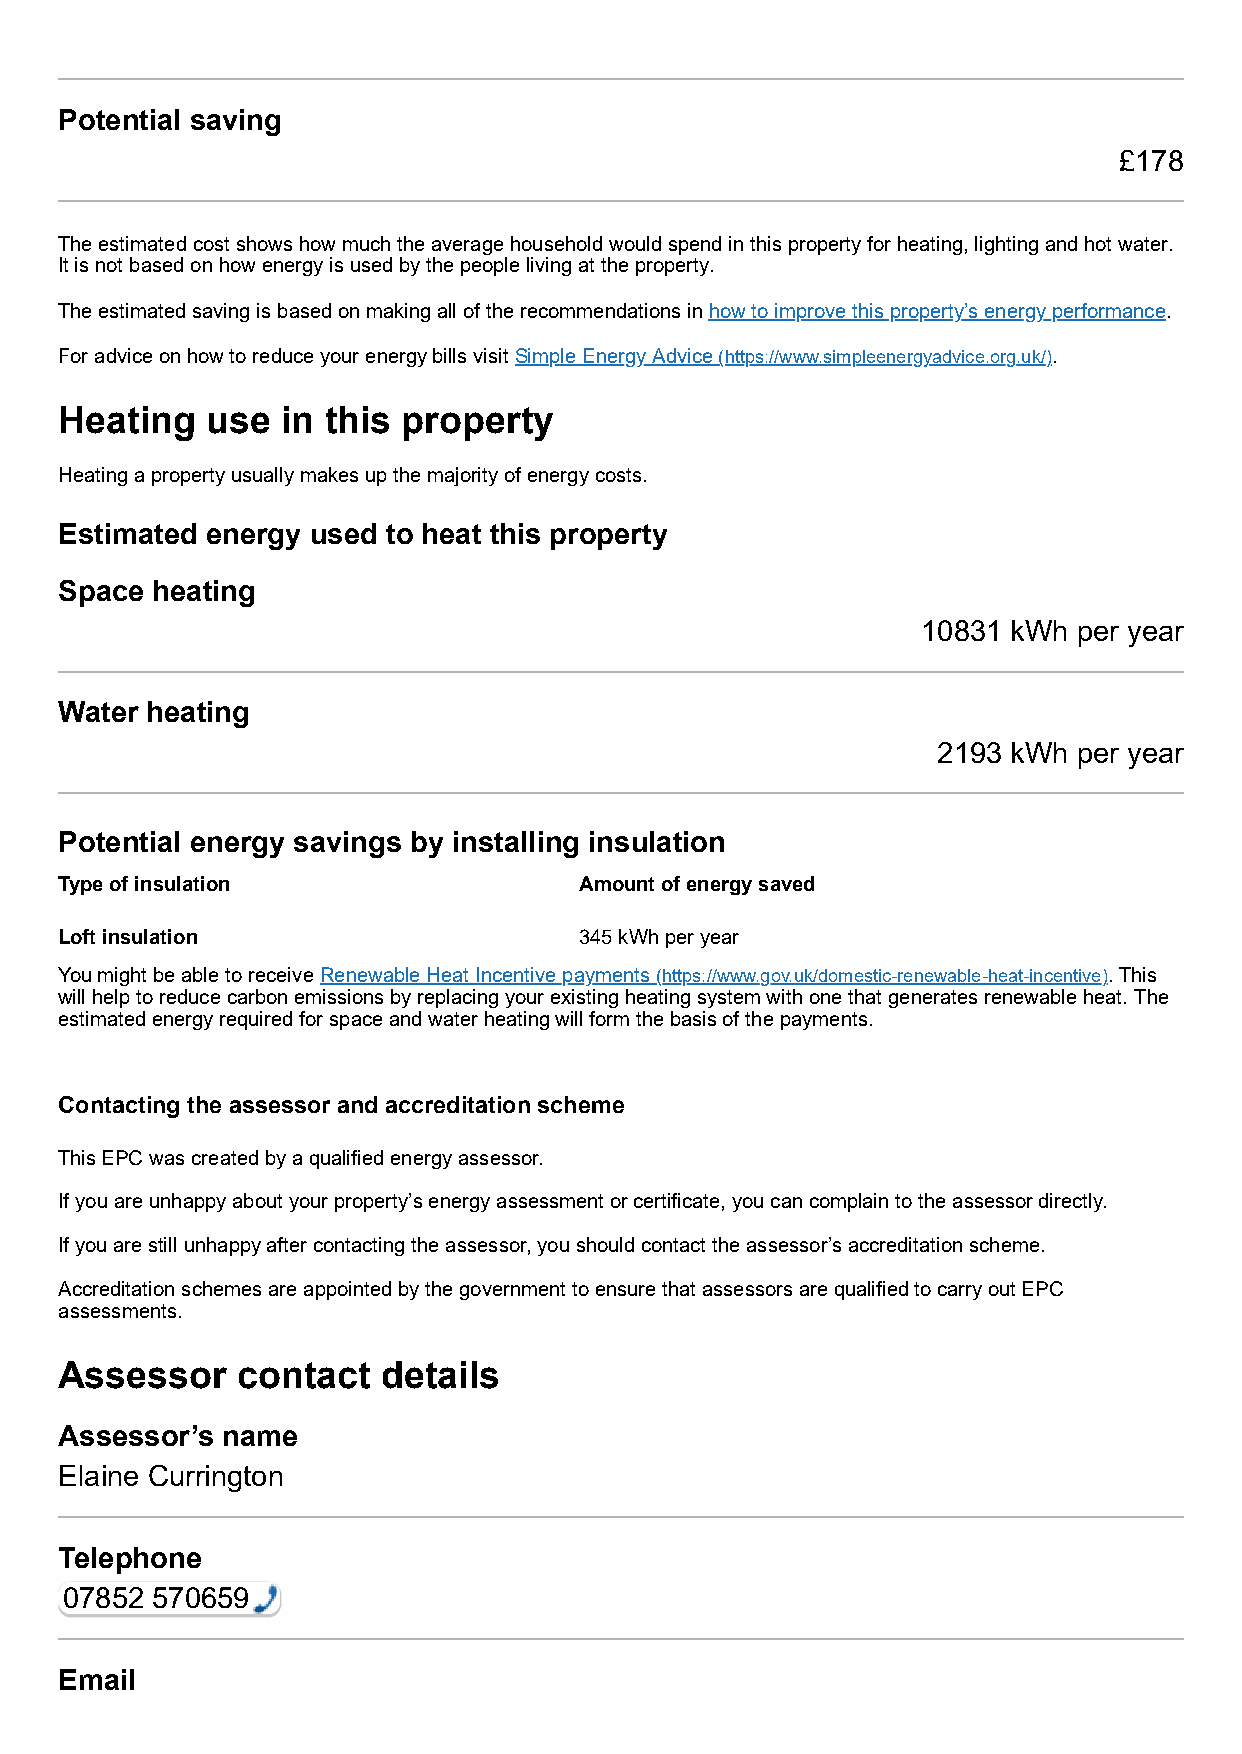
Potential saving
 £178
 The estimated cost shows how much the average household would spend in this property for heating, lighting and hot water.
 It is not based on how energy is used by the people living at the property.
 The estimated saving is based on making all of the recommendations in how to improve this property’s energy performance.
 For advice on how to reduce your energy bills visit Simple Energy Advice (https://www.simpleenergyadvice.org.uk/).
 Heating   use  in this property
 Heating a property usually makes up the majority of energy costs.
 Estimated energy used to heat this property
 Space heating
 10831 kWh per year
 Water heating
 2193 kWh per year
 Potential energy savings by installing insulation
 Type of insulation                Amount of energy saved
 Loft insulation                   345 kWh per year
 You might be able to receive Renewable Heat Incentive payments (https://www.gov.uk/domestic-renewable-heat-incentive). This
 will help to reduce carbon emissions by replacing your existing heating system with one that generates renewable heat. The
 estimated energy required for space and water heating will form the basis of the payments.
 Contacting the assessor and accreditation scheme
 This EPC was created by a qualified energy assessor.
 If you are unhappy about your property’s energy assessment or certificate, you can complain to the assessor directly.
 If you are still unhappy after contacting the assessor, you should contact the assessor’s accreditation scheme.
 Accreditation schemes are appointed by the government to ensure that assessors are qualified to carry out EPC
 assessments.
 Assessor    contact  details
 Assessor’s name
 Elaine Currington
 Telephone
 07852 570659
 Email